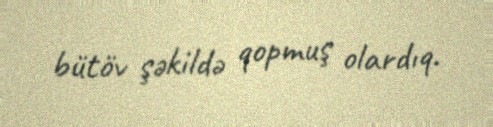
bütöv şəkildə qopmuş olardıq.